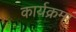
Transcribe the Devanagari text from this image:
कार्यक्रमां